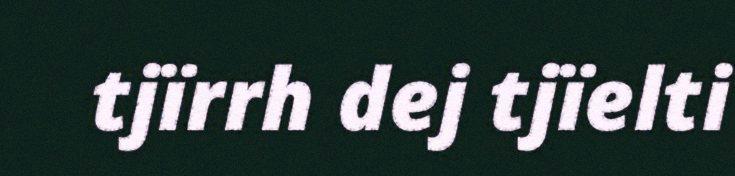
tjïrrh dej tjïelti